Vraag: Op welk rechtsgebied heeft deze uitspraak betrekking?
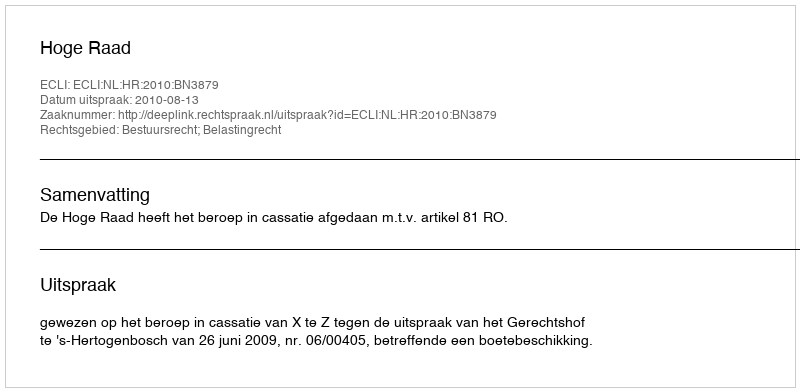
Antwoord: Bestuursrecht; Belastingrecht